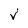
Character: v